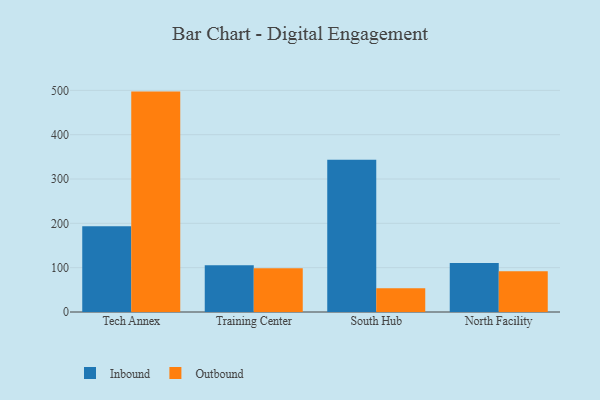
{"axis": {"x": "Campus", "y": "Operating Costs (USD K)"}, "legend": ["Inbound", "Outbound"], "data": [{"x": "Tech Annex", "y": 193.5, "type": "Inbound"}, {"x": "Tech Annex", "y": 497.2, "type": "Outbound"}, {"x": "Training Center", "y": 105.6, "type": "Inbound"}, {"x": "Training Center", "y": 98.8, "type": "Outbound"}, {"x": "South Hub", "y": 343.5, "type": "Inbound"}, {"x": "South Hub", "y": 53.3, "type": "Outbound"}, {"x": "North Facility", "y": 110.6, "type": "Inbound"}, {"x": "North Facility", "y": 92.0, "type": "Outbound"}]}